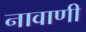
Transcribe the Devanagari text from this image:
नावाणी